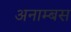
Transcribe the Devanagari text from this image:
अनाम्बस